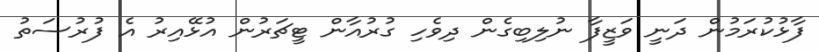
ފާޅުކުރަމުން ދަނީ ވަޒީފާ ނުލިބިގެން ދިވެހި ގުރުއާން ޓީޗަރުން އުޅޭއިރު އެ ފުރުސަތު